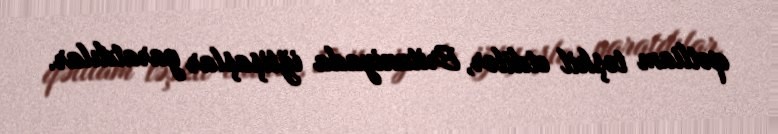
qətliam təşkil etdilər, Britaniyada iğtişaşlar yaratdılar.